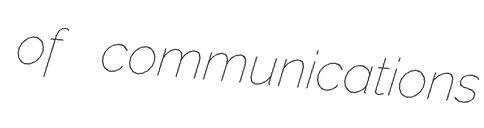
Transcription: of communications